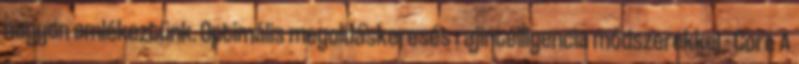
nagyon emlékeztünk. Optimális megoldáskeresés rajintelligencia módszerekkel - Core A